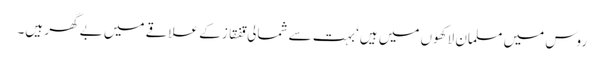
روس میں مسلمان لاکھوں میں ہیں‘ بہت سے شمالی قفقاز کے علاقے میں بے گھر ہیں۔